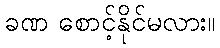
ခဏ စောင့်နိုင်မလား။